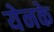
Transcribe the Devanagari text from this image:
येनके